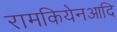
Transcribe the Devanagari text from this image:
रामकियेनआदि